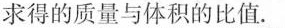
求得的质量与体积的比值.